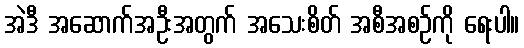
အဲဒီ အဆောက်အဦးအတွက် အသေးစိတ် အစီအစဉ်ကို ရေးပါ။